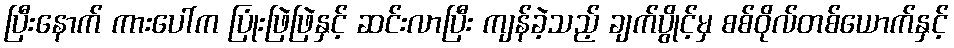
ပြီးနောက် ကားပေါ်က ပြုံးဖြဲဖြဲနှင့် ဆင်းလာပြီး ကျန်ခဲ့သည့် ချက်ပွိုင့်မှ စစ်ဝိုလ်တစ်ယောက်နှင့်